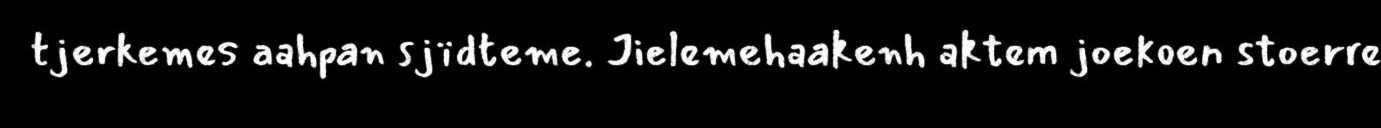
tjerkemes aahpan sjïdteme. Jielemehaakenh aktem joekoen stoerre